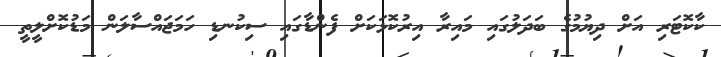
ކާކޮޓަރި އަށް ދިޔުމުގެ ބަދަލުގައި މައިރާ އިރުކޮޅަކަށް ފެންޑާގައި ސިކުނޑި ހަމަޖައްސާލަން މަޑުކޮށްލީތީ